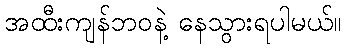
အထီးကျန်ဘဝနဲ့ နေသွားရပါမယ်။